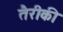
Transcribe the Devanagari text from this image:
तैरीकी